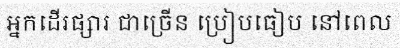
អ្នកដើរផ្សារ ជាច្រើន ប្រៀបធៀប នៅពេល